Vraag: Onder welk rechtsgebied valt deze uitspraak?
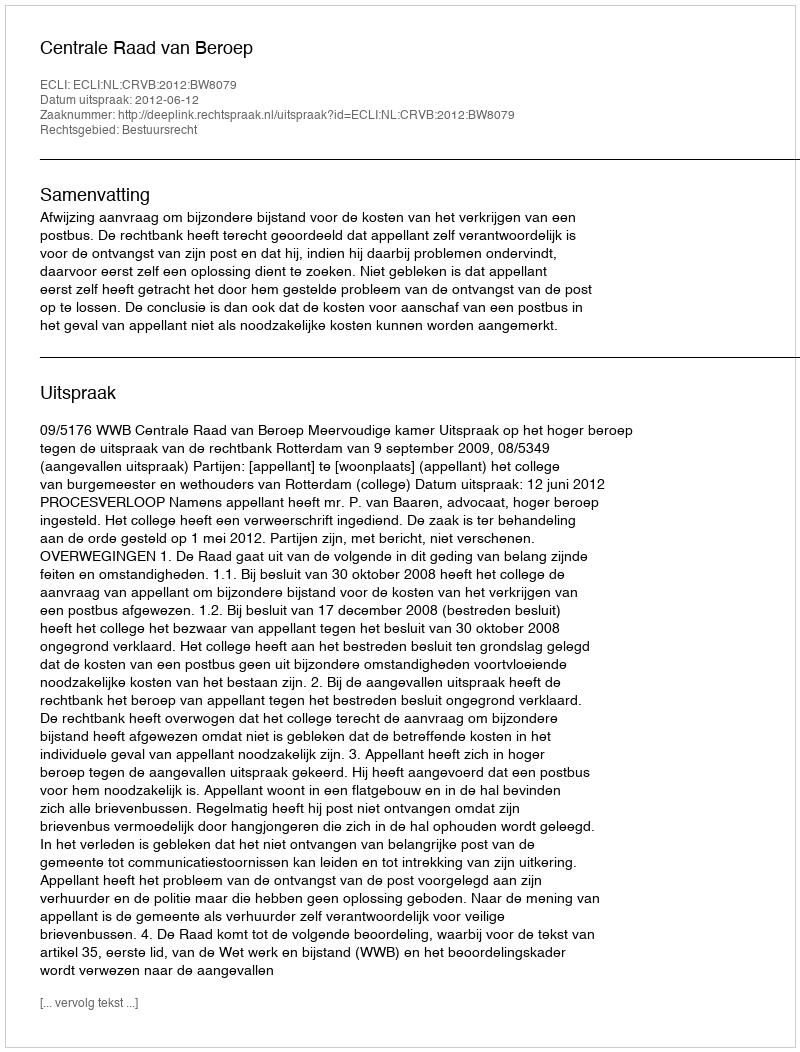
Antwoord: Bestuursrecht